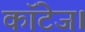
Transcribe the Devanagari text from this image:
कॉटेज।